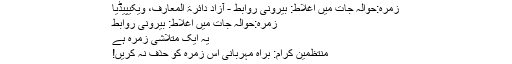
زمرہ:حوالہ جات میں اغلاط: بیرونی روابط - آزاد دائرۃ المعارف، ویکیپیڈیا
زمرہ:حوالہ جات میں اغلاط: بیرونی روابط
یہ ایک متلاشی زمرہ ہے
منتظمین کرام: براہِ مہربانی اس زمرہ کو حذف نہ کریں!